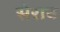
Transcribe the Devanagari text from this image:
सेराव